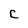
Character: c